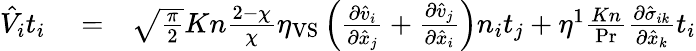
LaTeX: \begin{array}{rlr}{\hat{V}_{i}t_{i}}&{{}=}&{\sqrt{\frac{\pi}{2}}Kn\frac{2-\chi}{\chi}\eta_{\mathrm{VS}}\left(\frac{\partial\hat{v}_{i}}{\partial\hat{x}_{j}}+\frac{\partial\hat{v}_{j}}{\partial\hat{x}_{i}}\right)n_{i}t_{j}+\eta^{1}\frac{Kn}{\operatorname*{Pr}}\frac{\partial\hat{\sigma}_{ik}}{\partial\hat{x}_{k}}t_{i}}\end{array}